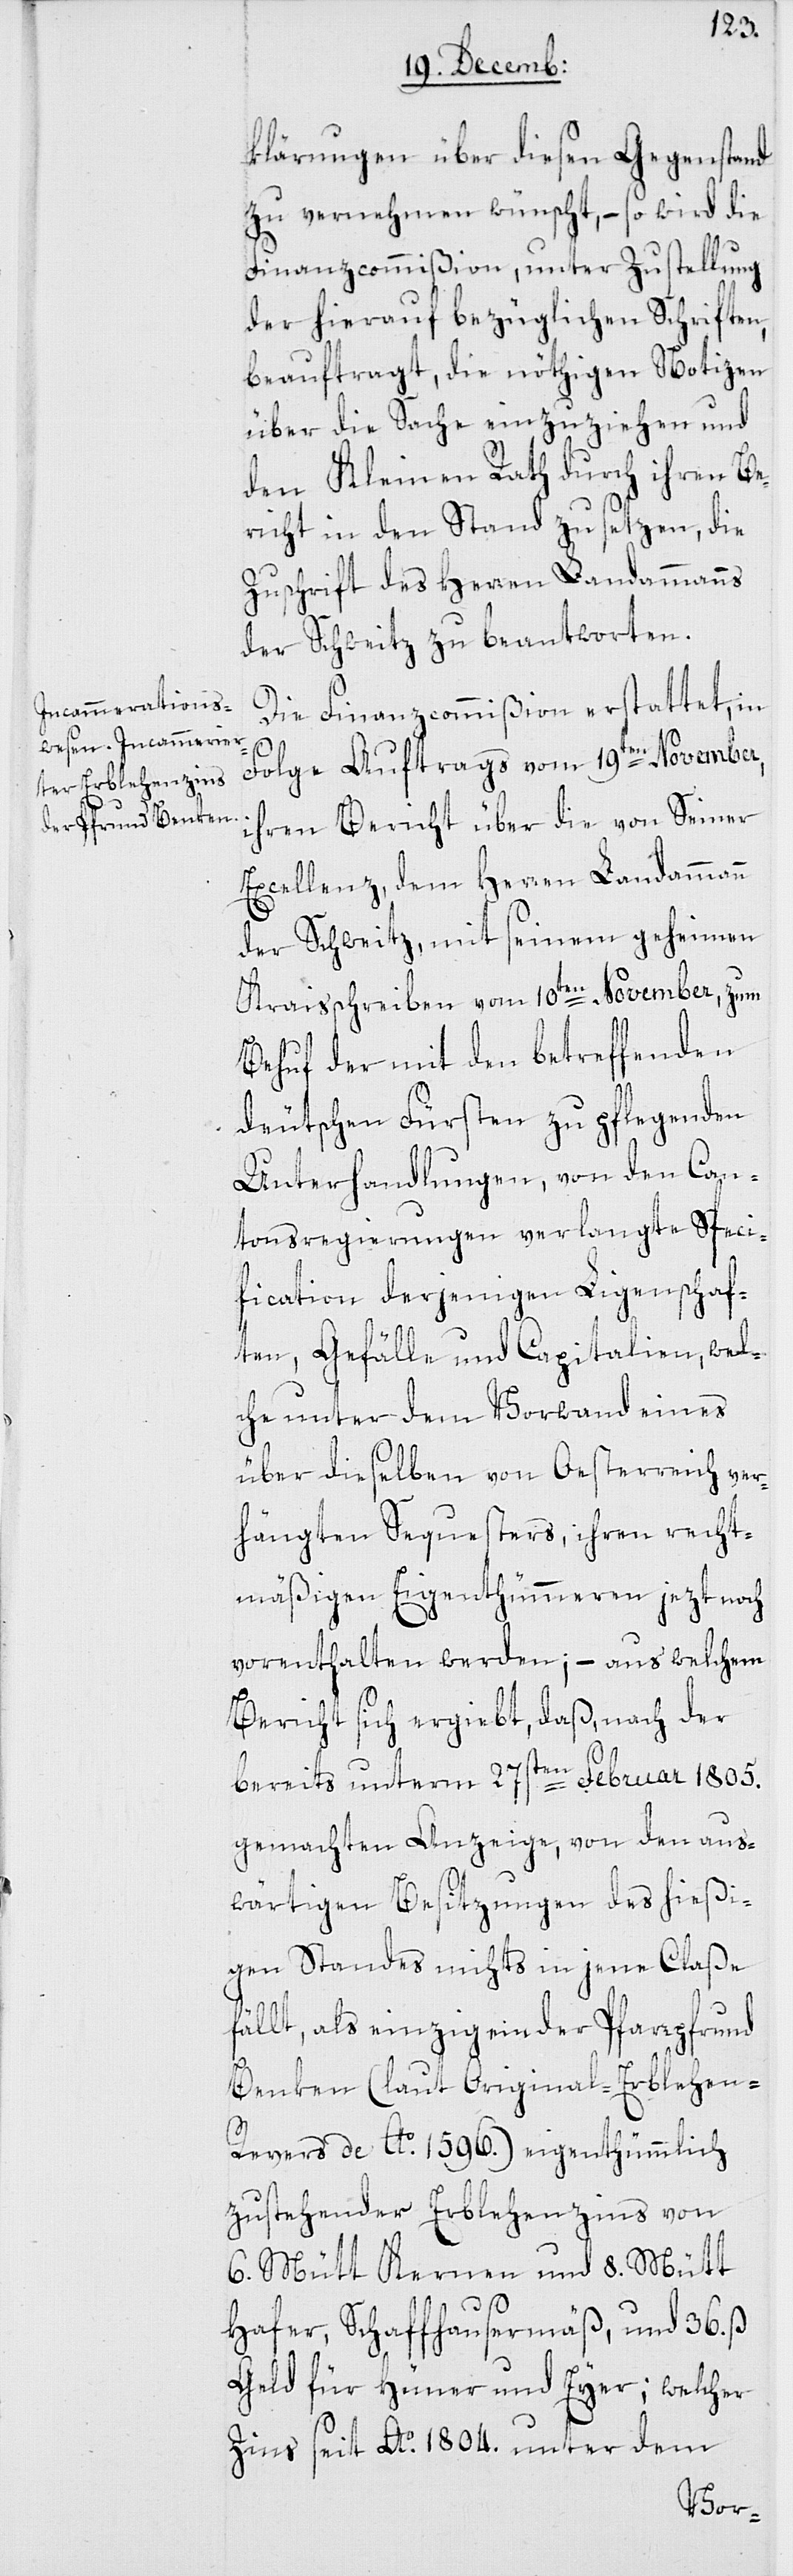
klärungen über diesen Gegenstand
zu vernehmen wünscht, – so wird die
Finanzcommißion, unter Zustellung
der hierauf bezüglichen Schriften,
beauftragt, die nöthigen Notizen
über die Sache einzuziehen und
den Kleinen Rath durch ihren Be¬
richt in den Stand zu setzen, die
Zuschrift des Herren Landammanns
der Schweitz zu beantworten.
Die Finanzcommmißion erstattet in
Folge Auftrags vom 19ten November,
ihren Bericht über die von Seiner
Excellenz, dem Herren Landammann
der Schweitz, mit seinem geheimen
Kreisschreiben vom 10ten November, zum
Behuf der mit den betreffenden
deutschen Fürsten zu pflegenden
Unterhandlungen, von den Can¬
tonsregierungen verlangte Speci¬
fication derjenigen Ligenschaf¬
ten, Gefälle und Capitalien, wel¬
che unter dem Vorwand eines
über dieselben von Oesterreich ver¬
hängten Sequesters, ihren recht¬
mäßigen Eigenthümmeren jezt noch
vorenthalten werden; – aus welchem
Bericht sich ergiebt, daß, nach der
bereits unterm 27sten Februar 1805.
gemachten Anzeige, von den aus¬
wärtigen Besitzungen des hießi¬
gen Standes nichts in jene Claße
fällt, als einzig ein der Pfarrpfrund
Benken (laut Original-Erblehen-R¬
evers de Ao 1596.) eigenthümmlich
zustehender Erblehenzins von
6. Mütt Kernen und 8. Mütt
Hafer, Schaffhausermäß, und 36. ß
Geld für Hüner und Eyer; welcher
Zins seit Ao 1804. unter dem